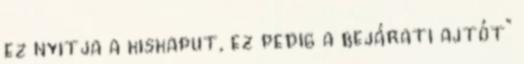
ez nyitja a kiskaput, ez pedig a bejárati ajtót”